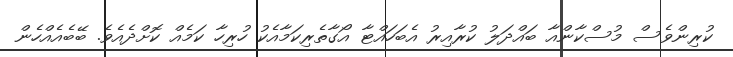
ކުރިންވެސް މުސްކާންއާ ބައްދަލު ކުރާއިރު އެބަހައްޓާ އޯގާތެރިކަމާއެކު ހުރިހާ ކަމެއް ކޮށްދެއެވެ. ބޭބެއެއްހެން